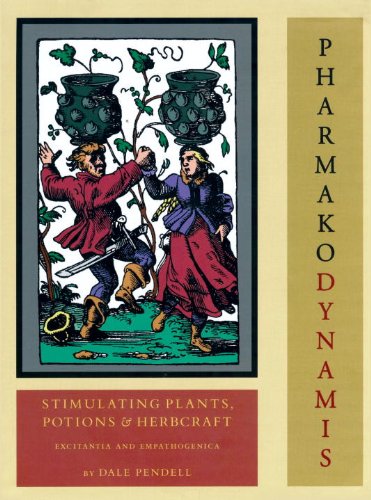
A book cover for Pharmako/Dynamis: Stimulating Plants, Potions, and Herbcraft; Dale Pendell; Medical Books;